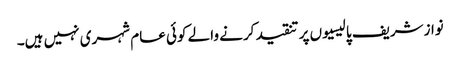
نوازشریف پالیسیوں پر تنقید کرنے والے کوئی عام شہری نہیں ہیں۔